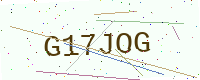
Text: G17JOG